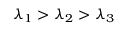
\lambda _ { 1 } > \lambda _ { 2 } > \lambda _ { 3 }